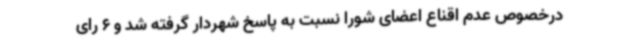
درخصوص عدم اقناع اعضای شورا نسبت به پاسخ شهردار گرفته شد و 6 رای